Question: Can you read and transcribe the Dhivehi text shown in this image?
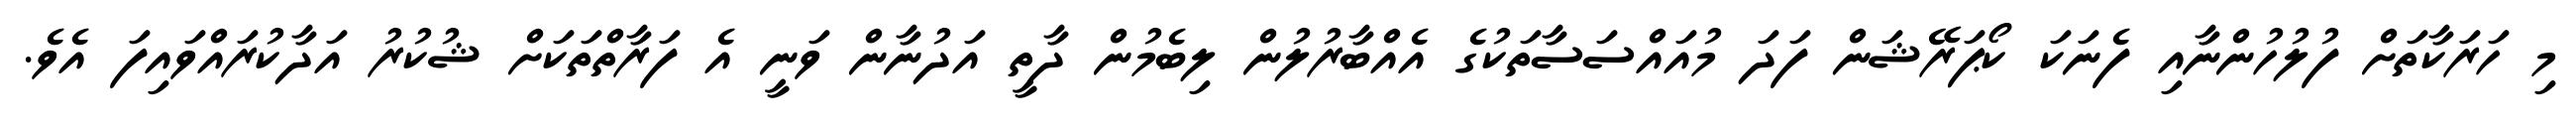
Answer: މި ހަރަކާތަށް ފުލުހުންނާއި ފެނަކަ ކޯޕަރޭޝަން ފަދަ މުއައްސަސާތަކުގެ އެއްބާރުލުން ލިބެމުން ދާތީ އަދުނާން ވަނީ އެ ފަރާތްތަކަށް ޝުކުރު އަދާކުރައްވައިފަ އެވެ.